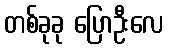
တစ်ခုခု ပြောဦးလေ